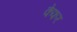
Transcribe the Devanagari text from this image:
केफर